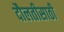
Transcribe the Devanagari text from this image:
दौलतीसाठी